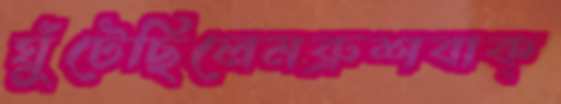
ঘুঁটেছিলেমব্রুশবাক্